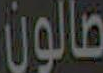
صالون